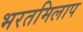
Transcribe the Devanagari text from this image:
भरतमिलाप